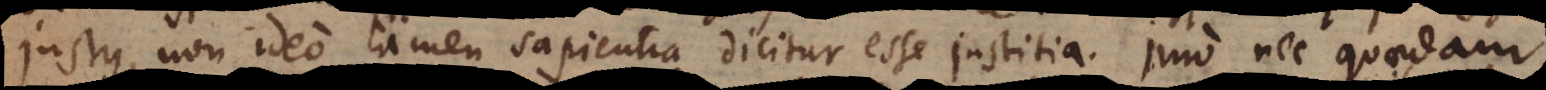
justus, non ideo tamen sapientia dicitur esse justitia. Imo nec quaedam